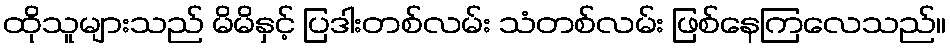
ထိုသူများသည် မိမိနှင့် ပြဒါးတစ်လမ်း သံတစ်လမ်း ဖြစ်နေကြလေသည်။